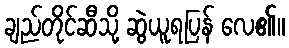
ချည်တိုင်ဆီသို့ ဆွဲယူရပြန် လေ၏။